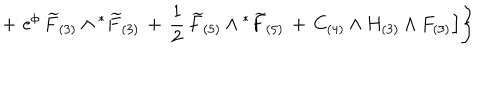
+ \, \, \mathrm { e } ^ { \phi } \, { \widetilde { F } } _ { ( 3 ) } \wedge { } ^ { * } { \widetilde { F } } _ { ( 3 ) } \, + \, \frac { 1 } { 2 } \, { \widetilde { F } } _ { ( 5 ) } \wedge { } ^ { * } { \widetilde { F } } _ { ( 5 ) } \, + \, C _ { ( 4 ) } \wedge H _ { ( 3 ) } \wedge F _ { ( 3 ) } \Big ] \Bigg \}